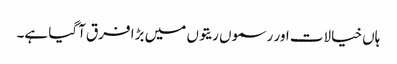
ہاں خیالات اور رسموں ریتوں میں بڑا فرق آگیا ہے۔